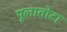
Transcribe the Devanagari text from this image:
पूलातोटा